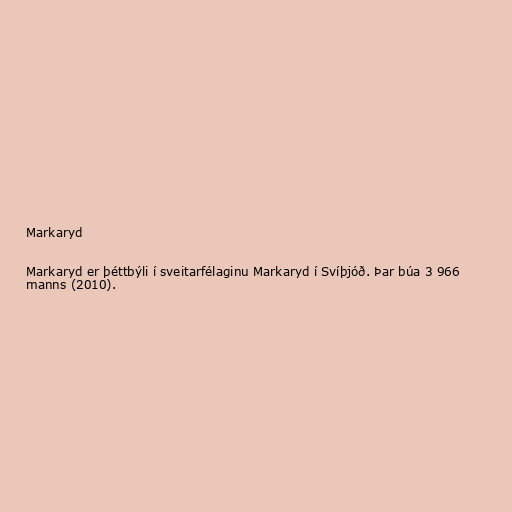
Markaryd

Markaryd er þéttbýli í sveitarfélaginu Markaryd í Svíþjóð. Þar búa 3 966
manns (2010).